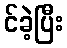
င်ခဲ့ပြီး